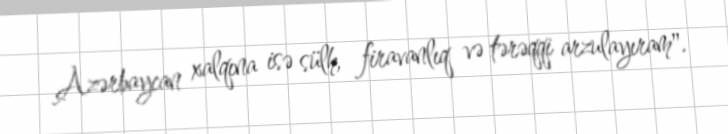
Azərbaycan xalqına isə sülh, firavanlıq və tərəqqi arzulayıram".